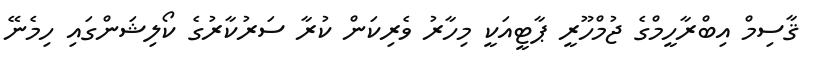
ޤާސިމް އިބްރާހީމްގެ ޖުމްހޫރީ ޕާޓީއަކީ މިހާރު ވެރިކަން ކުރާ ސަރުކާރުގެ ކޯލިޝަންގައި ހިމެނޭ